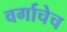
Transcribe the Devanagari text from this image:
वर्गाचेच